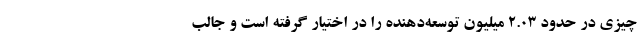
چیزی در حدود 2.03 میلیون توسعه‌دهنده را در اختیار گرفته است و جالب